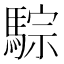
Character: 騌